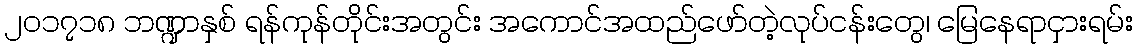
၂၀၁၇၁၈ ဘဏ္ဍာနှစ် ရန်ကုန်တိုင်းအတွင်း အကောင်အထည်ဖော်တဲ့လုပ်ငန်းတွေ၊ မြေနေရာငှားရမ်း